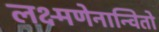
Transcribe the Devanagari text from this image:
लक्ष्मणेनान्वितो